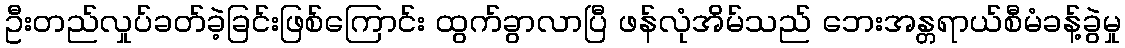
ဦးတည်လှုပ်ခတ်ခဲ့ခြင်းဖြစ်ကြောင်း ထွက်ခွာလာပြီ ဖန်လုံအိမ်သည် ဘေးအန္တရာယ်စီမံခန့်ခွဲမှု